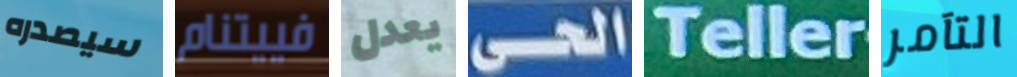
سيصدره فييتنام يعدل الحى Teller التآمر